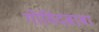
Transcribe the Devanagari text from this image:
गोविंदबाबा